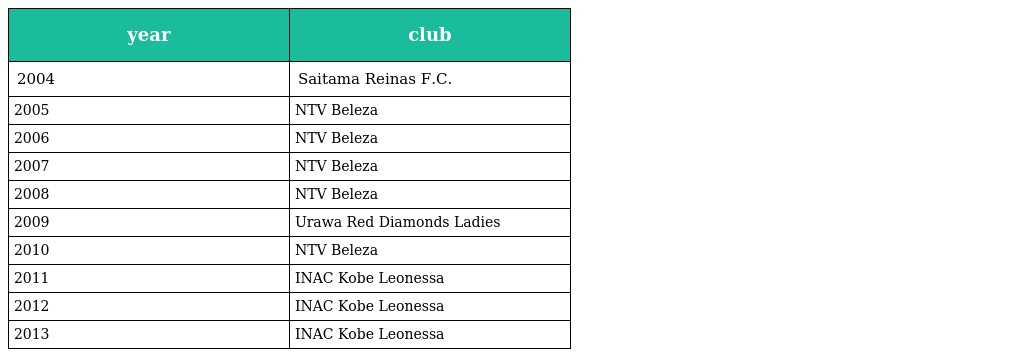
| year | club |
 | --- | --- |
 | 2004 | Saitama Reinas F.C. |
 | 2005 | NTV Beleza |
 | 2006 | NTV Beleza |
 | 2007 | NTV Beleza |
 | 2008 | NTV Beleza |
 | 2009 | Urawa Red Diamonds Ladies |
 | 2010 | NTV Beleza |
 | 2011 | INAC Kobe Leonessa |
 | 2012 | INAC Kobe Leonessa |
 | 2013 | INAC Kobe Leonessa |